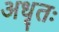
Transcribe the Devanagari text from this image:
अधृतः